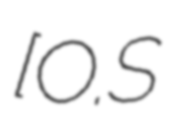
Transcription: [O.S